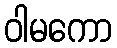
ဝါမကော